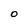
Character: O